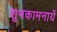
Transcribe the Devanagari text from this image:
शुभकामनायें